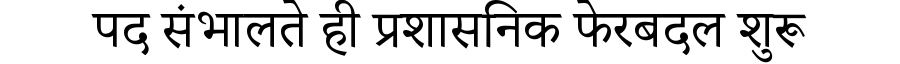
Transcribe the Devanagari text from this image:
पद संभालते ही प्रशासनिक फेरबदल शुरू